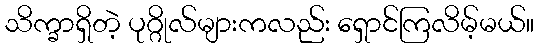
သိက္ခာရှိတဲ့ ပုဂ္ဂိုလ်များကလည်း ရှောင်ကြလိမ့်မယ်။